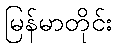
မြန်မာတိုင်း